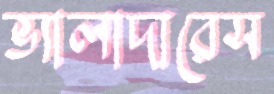
ভ্যালাদারেস